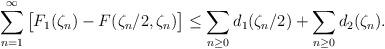
LaTeX: \begin{align*}\sum_{n=1}^\infty \big[F_1(\zeta_n)-F(\zeta_n/2,\zeta_n)\big]\leq \sum_{n\geq 0}d_1(\zeta_n/2)+\sum_{n\geq 0}d_2(\zeta_n).\end{align*}